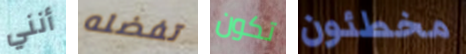
أنني تفضله تكون مخطئون